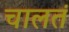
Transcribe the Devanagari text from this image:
चालतं